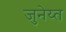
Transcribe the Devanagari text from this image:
जुनेय्त